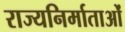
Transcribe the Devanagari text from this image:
राज्यनिर्माताओं